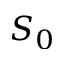
S _ { 0 }